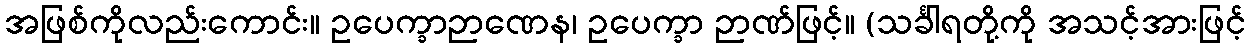
အဖြစ်ကိုလည်းကောင်း။ ဥပေက္ခာဉာဏေန၊ ဥပေက္ခာ ဉာဏ်ဖြင့်။ (သင်္ခါရတို့ကို အသင့်အားဖြင့်